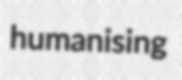
humanising